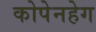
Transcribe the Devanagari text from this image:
कोपेनहेग